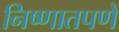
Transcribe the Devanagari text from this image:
निष्णातपणे